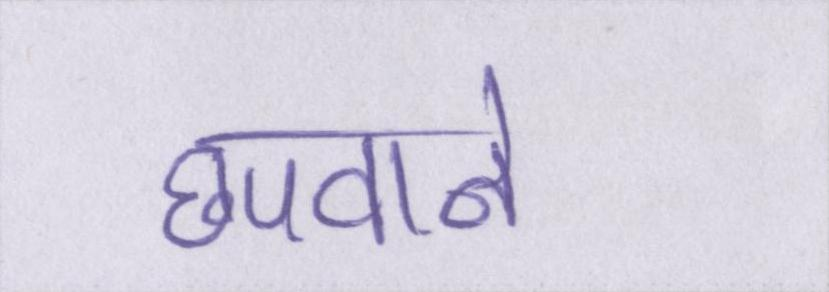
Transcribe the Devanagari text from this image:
छपवाने